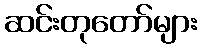
ဆင်းတုတော်များ